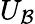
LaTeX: U_{\mathcal{B}}